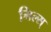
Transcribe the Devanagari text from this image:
मिल्स्